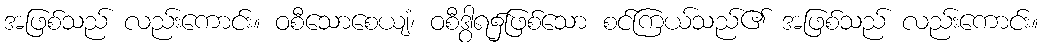
အဖြစ်သည် လည်းကောင်း။ ဝစီသောစေယျံ၊ ဝစီဒွါရ၌ဖြစ်သော စင်ကြယ်သည်၏ အဖြစ်သည် လည်းကောင်း။